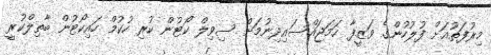
މިރުފަތުއަށް ފުލުހުންގެ ވަޒީފާ ހަމަޖައްސައިދިނުމަށް ސިވިލް ކޯޓުން ކުރި ހުކުމް ހައިކޯޓުން ބާތިލްކުރީ